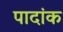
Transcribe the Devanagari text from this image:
पादांक